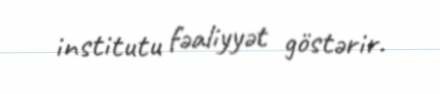
institutu fəaliyyət göstərir.